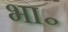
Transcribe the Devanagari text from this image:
भा॰